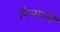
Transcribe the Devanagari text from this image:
निन्यान्बे